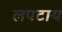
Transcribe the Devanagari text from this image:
लपटाय